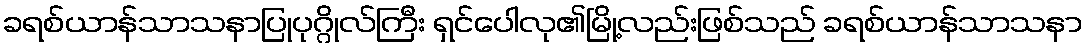
ခရစ်ယာန်သာသနာပြုပုဂ္ဂိုလ်ကြီး ရှင်ပေါလု၏မြို့လည်းဖြစ်သည် ခရစ်ယာန်သာသနာ